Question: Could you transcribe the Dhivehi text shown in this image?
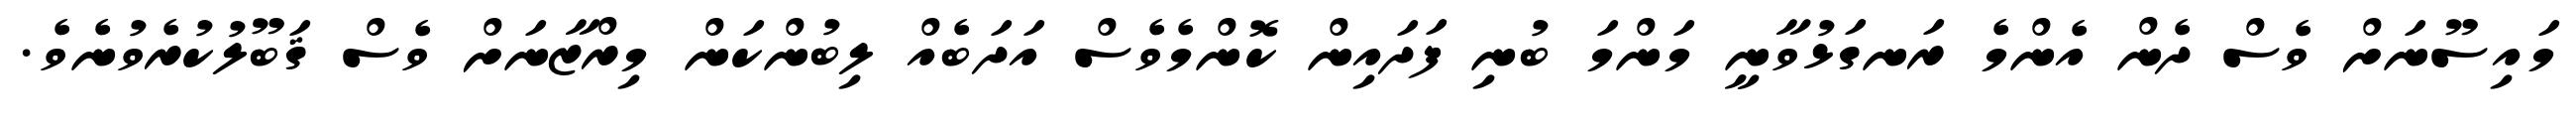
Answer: މައިސޫނަށް ވެސް ދެން އެންމެ ރަނގަޅުވާނީ މަންމަ ބުނި ފަދައިން ކޮންމެވެސް އަދަބެއް ލިބުންކަން މިރްޒާނަށް ވެސް ޤަބޫލުކުރެވުނެވެ.